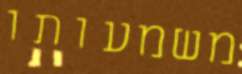
משמעותו